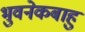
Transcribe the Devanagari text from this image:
भुवनेकबाहु